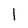
Character: 1